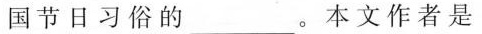
国节日习俗的___。本文作者是